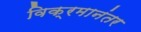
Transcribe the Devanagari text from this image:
विक्रमानंतर